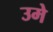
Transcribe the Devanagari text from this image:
उमे